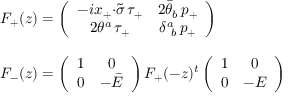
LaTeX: \begin{array} { l } { { F _ { + } ( z ) = \left( \begin{array} { c c } { { - i x _ { + } { \cdot \tilde { \sigma } } \, \tau _ { + } } } & { { 2 \bar { \theta } _ { b } \, p _ { + } } } \\ { { 2 \theta ^ { a } \, \tau _ { + } } } & { { \delta _ { ~ b } ^ { a } \, p _ { + } } } \end{array} \right) } } \\ { { { } } } \\ { { F _ { - } ( z ) = \left( \begin{array} { c c } { { 1 } } & { { 0 } } \\ { { 0 } } & { { - \bar { { \cal E } } } } \end{array} \right) F _ { + } ( - z ) ^ { t } \left( \begin{array} { c c } { { 1 } } & { { 0 } } \\ { { 0 } } & { { - { \cal E } } } \end{array} \right) } } \end{array}